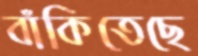
বাঁকিতেছে